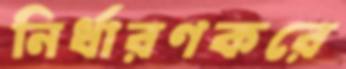
নির্ধারণকরে